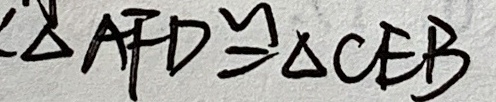
\Delta A F D \cong \Delta C E B